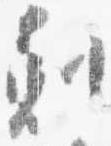
剋